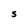
Character: S